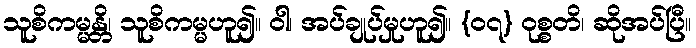
သူစိကမ္မန္တိ၊ သူစိကမ္မဟူ၍။ ဝါ၊ အပ်ချုပ်မှုဟူ၍။ {၀၇} ဝုစ္စတိ၊ ဆိုအပ်ပြီ။